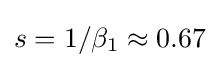
s=1/\beta _{1}\approx 0.67